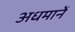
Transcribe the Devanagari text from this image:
अधमानें